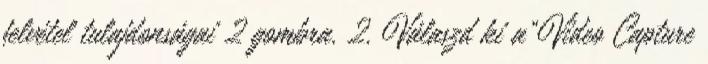
felvétel tulajdonságai 2 gombra. 2. Válaszd ki a"Video Capture